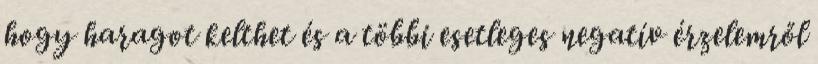
hogy haragot kelthet és a többi esetleges negatív érzelemről